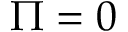
\Pi = 0